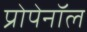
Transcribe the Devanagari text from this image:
प्रोपेनॉल